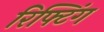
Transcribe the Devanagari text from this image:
रिफ्टिंग